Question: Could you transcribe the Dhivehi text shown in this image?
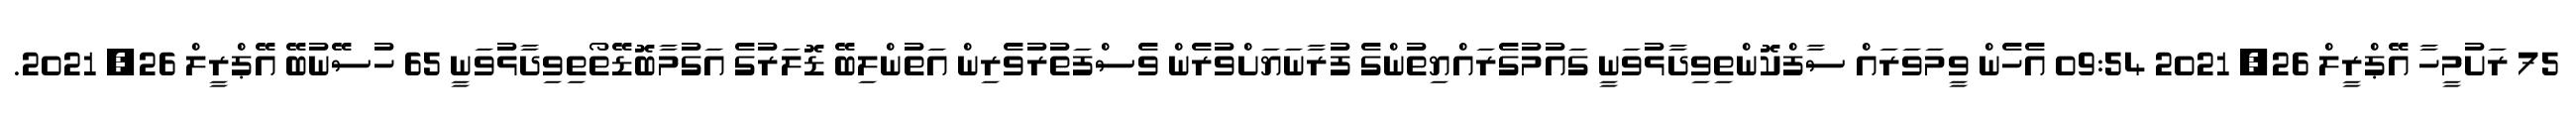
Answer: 75 ރަށުމީހާ އޭޕްރީލް 26, 2021 09:54 އެހެން ވީމަވަރައް ސާފްކޮންތިވިދާޅުވަނީ ގައުމުގެރައްޔިތުންގެ ފުރާނަޔަށްވުރެން ވެސްފަތުރުވެރިން އަތުންލިބޭ ޑޮލަރުގެ އަގުމާބޮޑޭތޯތިވިދާޅުވަނީ 65 ހުސޭނުބޭ އޭޕްރީލް 26, 2021.